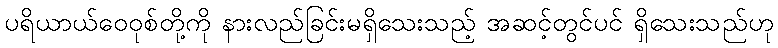
ပရိယာယ်ဝေဝုစ်တို့ကို နားလည်ခြင်းမရှိသေးသည့် အဆင့်တွင်ပင် ရှိသေးသည်ဟု